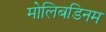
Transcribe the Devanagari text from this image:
मोलिबडिनम